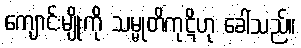
ကျောင်းမျိုးကို သမ္မုတိကုဋိဟု ခေါ်သည်။